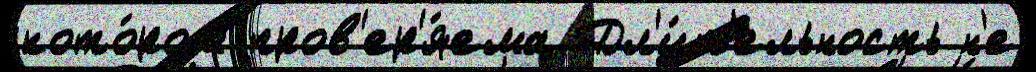
кото́ром пров'ер'я́ема Дл'и́т'ельность н'е